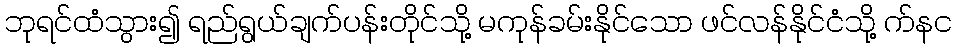
ဘုရင်ထံသွား၍ ရည်ရွယ်ချက်ပန်းတိုင်သို့ မကုန်ခမ်းနိုင်သော ဖင်လန်နိုင်ငံသို့ က်နင